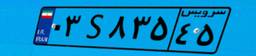
۰۳S۸۳۵۴۵